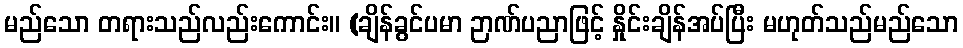
မည်သော တရားသည်လည်းကောင်း။ (ချိန်ခွင်ပမာ ဉာဏ်ပညာဖြင့် နှိုင်းချိန်အပ်ပြီး မဟုတ်သည်မည်သော